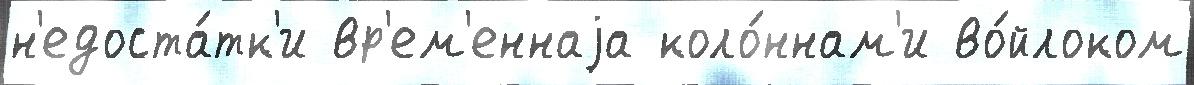
н'едоста́тк'и вр'ем'еннаjа коло́ннам'и во́йлоком